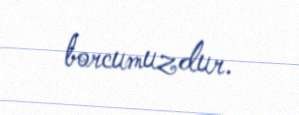
borcumuzdur.